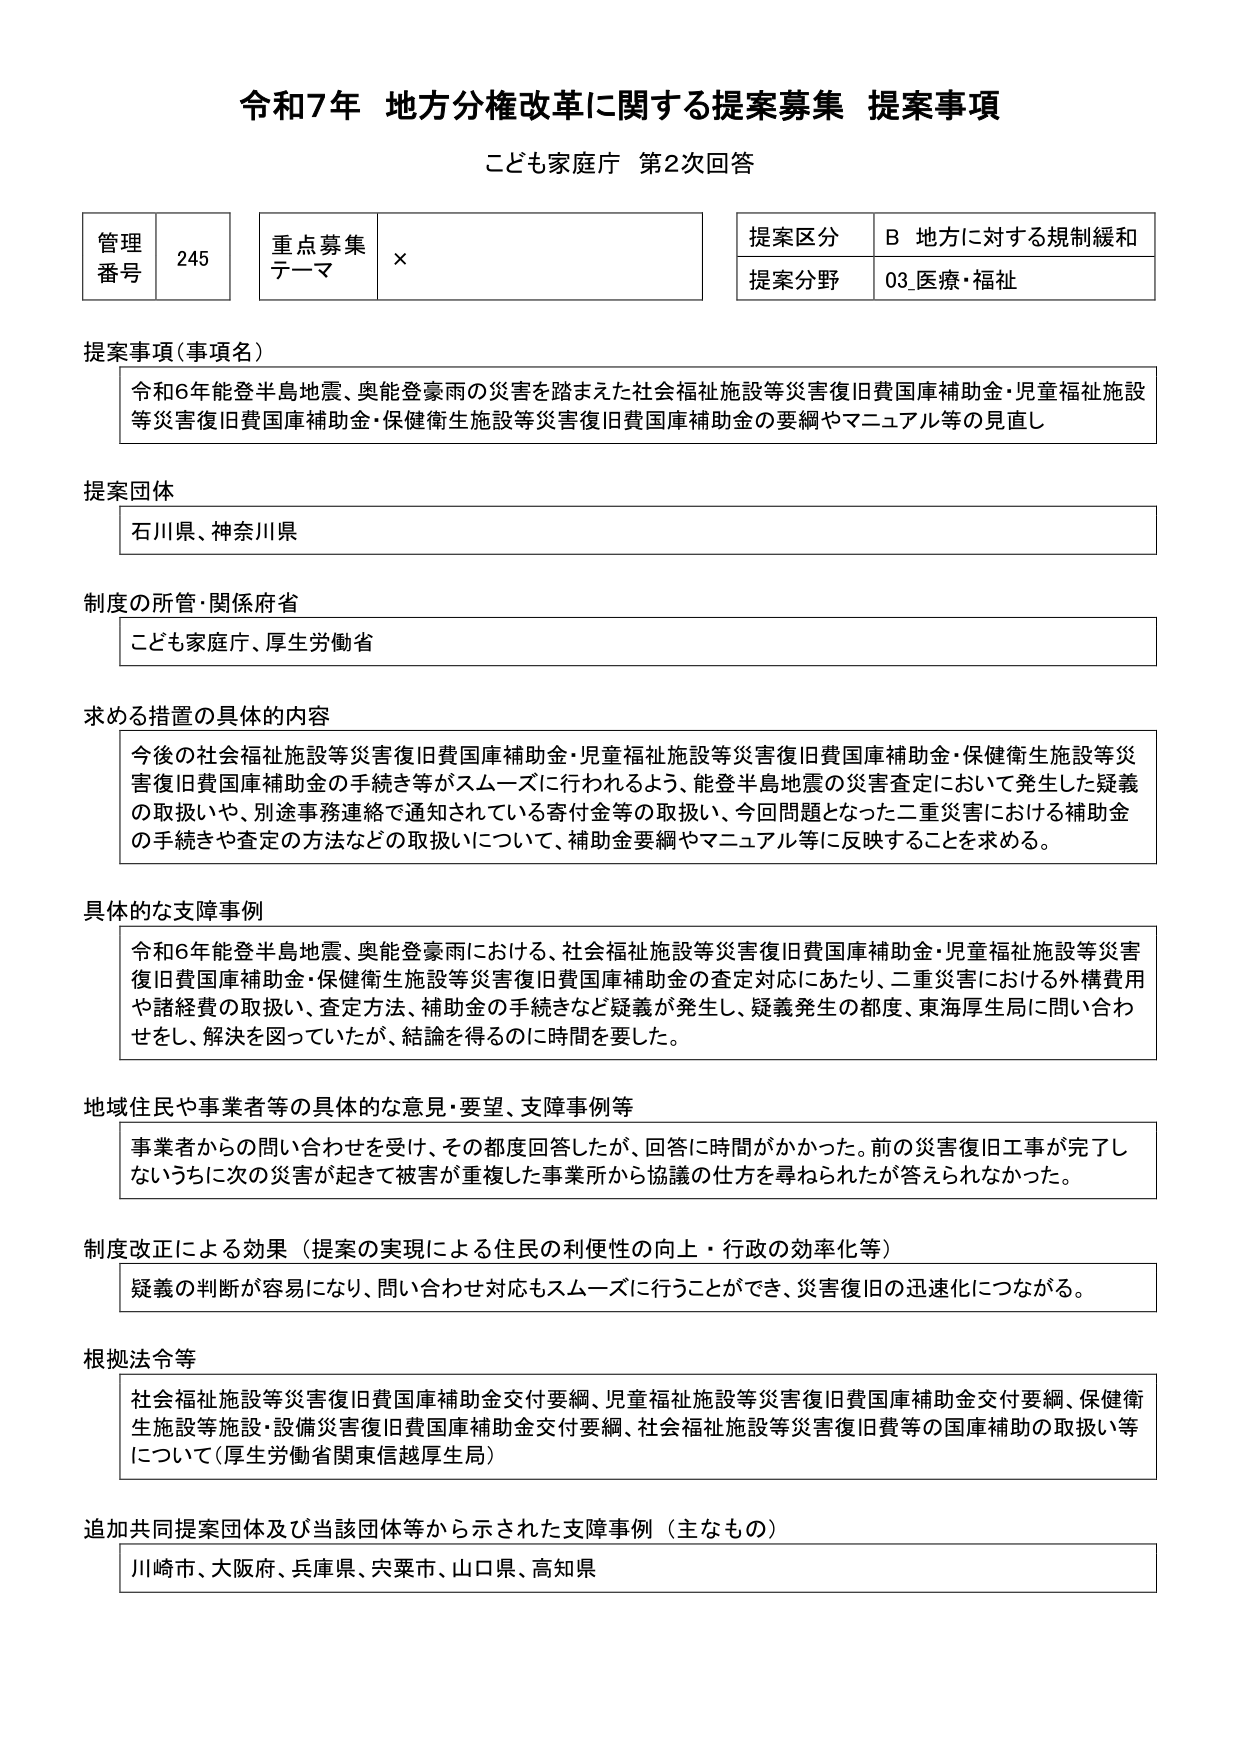
令和7年 地方分権改革に関する提案募集 提案事項
こども家庭庁 第2次回答

管理番号 245
重点募集テーマ ×
提案区分 B 地方に対する規制緩和
提案分野 03_医療・福祉

提案事項（事項名）
令和6年能登半島地震、奥能登豪雨の災害を踏まえた社会福祉施設等災害復旧費国庫補助金・児童福祉施設等災害復旧費国庫補助金・保健衛生施設等災害復旧費国庫補助金の要綱やマニュアル等の見直し

提案団体
石川県、神奈川県

制度の所管・関係府省
こども家庭庁、厚生労働省

求める措置の具体的内容
今後の社会福祉施設等災害復旧費国庫補助金・児童福祉施設等災害復旧費国庫補助金・保健衛生施設等災害復旧費国庫補助金の手続き等がスムーズに行われるよう、能登半島地震の災害査定において発生した疑義の取扱いや、別途事務連絡で通知されている寄付金等の取扱い、今回問題となった二重災害における補助金の手続きや査定の方法などの取扱いについて、補助金要綱やマニュアル等に反映することを求める。

具体的な支障事例
令和6年能登半島地震、奥能登豪雨における、社会福祉施設等災害復旧費国庫補助金・児童福祉施設等災害復旧費国庫補助金・保健衛生施設等災害復旧費国庫補助金の査定対応にあたり、二重災害における外構費用や諸経費の取扱い、査定方法、補助金の手続きなど疑義が発生し、疑義発生の都度、東海厚生局に問い合わせをし、解決を図っていたが、結論を得るのに時間を要した。

地域住民や事業者等の具体的な意見・要望、支障事例等
事業者からの問い合わせを受け、その都度回答したが、回答に時間がかかった。前の災害復旧工事が完了しないうちに次の災害が起きて被害が重複した事業所から協議の仕方を尋ねられたが答えられなかった。

制度改正による効果（提案の実現による住民の利便性の向上・行政の効率化等）
疑義の判断が容易になり、問い合わせ対応もスムーズに行うことができ、災害復旧の迅速化につながる。

根拠法令等
社会福祉施設等災害復旧費国庫補助金交付要綱、児童福祉施設等災害復旧費国庫補助金交付要綱、保健衛生施設等施設・設備災害復旧費国庫補助金交付要綱、社会福祉施設等災害復旧費等の国庫補助の取扱い等について（厚生労働省関東信越厚生局）

追加共同提案団体及び当該団体等から示された支障事例（主なもの）
川崎市、大阪府、兵庫県、宍粟市、山口県、高知県